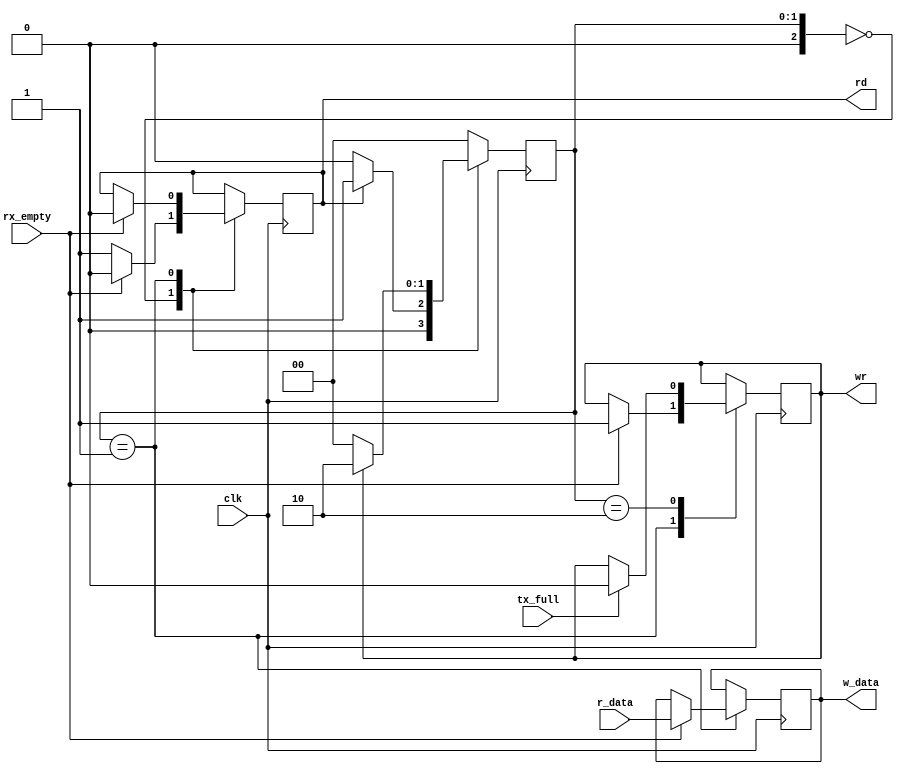
`timescale 1ns / 1ps
//////////////////////////////////////////////////////////////////////////////////
// Company: 
// Engineer: 
// 
// Design Name: 
// Module Name:    modulo_test 
// Project Name: 
// Target Devices: 
// Tool versions: 
// Description: 
//
// Dependencies: 
//
// Revision: 
// Revision 0.01 - File Created
// Additional Comments: 
//
//////////////////////////////////////////////////////////////////////////////////
module modulo_test
(
	input wire [7:0]r_data,
	input wire clk,
	input wire rx_empty,
	input wire tx_full,
	output reg [7:0]w_data,
	output reg rd,
	output reg wr
);
		
//Estados
localparam [2:0] IDLE = 2'b00,
					  RECIBO = 2'b01,
					  ESPERO = 2'b10;
					  
					  
					  
//Variables internas
reg [7:0] buffer = 0;
reg [2:0] current_state = 3'b00;
reg [2:0] next_state = 3'b00;


always @(posedge clk)
begin
		current_state <= next_state;
end

		
always @(posedge clk) // always de logica de salida
begin
	case(current_state)
		IDLE: // estado inicial. Idle
				begin
					if(rx_empty == 0)
						rd=1;
					else
						rd=0;
				end
		RECIBO: 
				begin
					if(rx_empty==1)
					begin
						w_data = r_data;
						wr = 1;
						rd = 0;
					end
				end
		ESPERO: 
				begin
					if(tx_full == 1)
						wr = 0;
				end
	endcase
end//always de logica de salida
	
always @*
begin
	next_state = IDLE;
	case(current_state)
		IDLE:
			begin
				if(rd == 1)
					next_state = RECIBO;
				else
					next_state = IDLE;
			end
		RECIBO:
			begin
				if(wr==1)
					next_state = ESPERO;
			end
		ESPERO:
			begin
				if(wr == 0)
					next_state = IDLE;
			end
	endcase
end //always de logica cambio de estado
	

endmodule